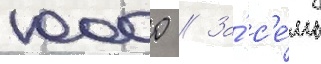
10000 // За́ с'е́мь